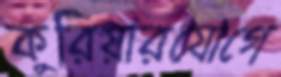
কুরিয়ারযোগে